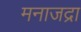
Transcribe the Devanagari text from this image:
मनाजद्रा